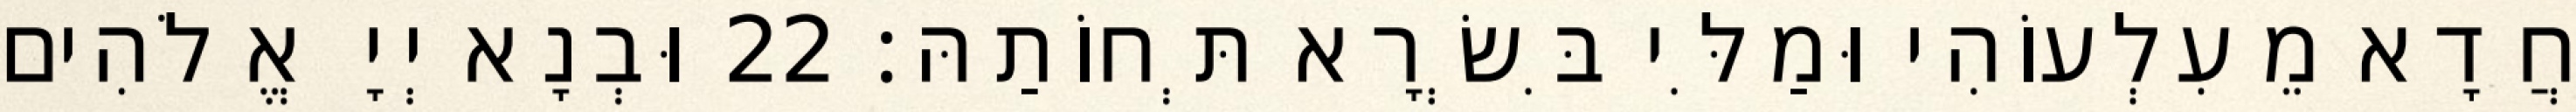
חֲדָא מֵעִלְעוֹהִי וּמַלִּי בִּשְׂרָא תְּחוֹתַהּ׃ 22 וּבְנָא יְיָ אֱלֹהִים